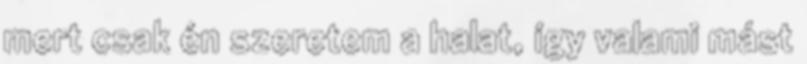
mert csak én szeretem a halat, így valami mást